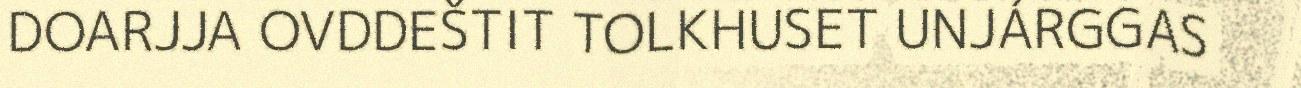
DOARJJA OVDDEŠTIT TOLKHUSET UNJÁRGGAS